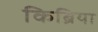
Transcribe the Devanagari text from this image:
किब्रिया